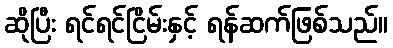
ဆိုပြီး ရင်ရင်ငြိမ်းနှင့် ရန်ဆက်ဖြစ်သည်။